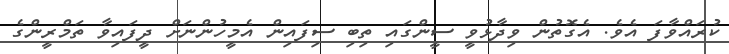
ކުރައްވާފަ އެވެ. އެގޮތުން ވިދާޅުވީ ސީންގައި ތިބި ސިފައިން އެމީހުންނަށް ދީފައިވާ ތަމްރީންގެ